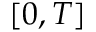
[ 0 , T ]